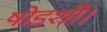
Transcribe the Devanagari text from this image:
षोडशी।